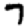
Digit: 7